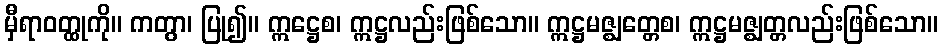
မှီရာဝတ္ထုကို။ ကတွာ၊ ပြု၍။ ဣဋ္ဌေစ၊ ဣဋ္ဌလည်းဖြစ်သော။ ဣဋ္ဌမဇ္ဈတ္တေစ၊ ဣဋ္ဌမဇ္ဈတ္တလည်းဖြစ်သော။